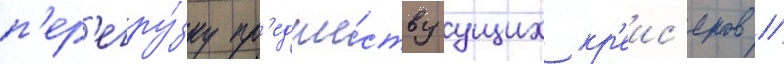
п'ер'егру́зку пр'едше́ствуущих кр'еис'еров //